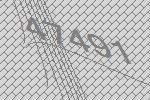
47491